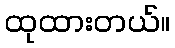
ထုထားတယ်။